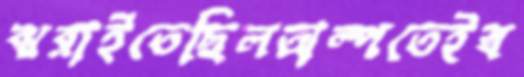
ঝরাইতেছিলঅল্পতেইস্ব